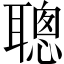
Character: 聰